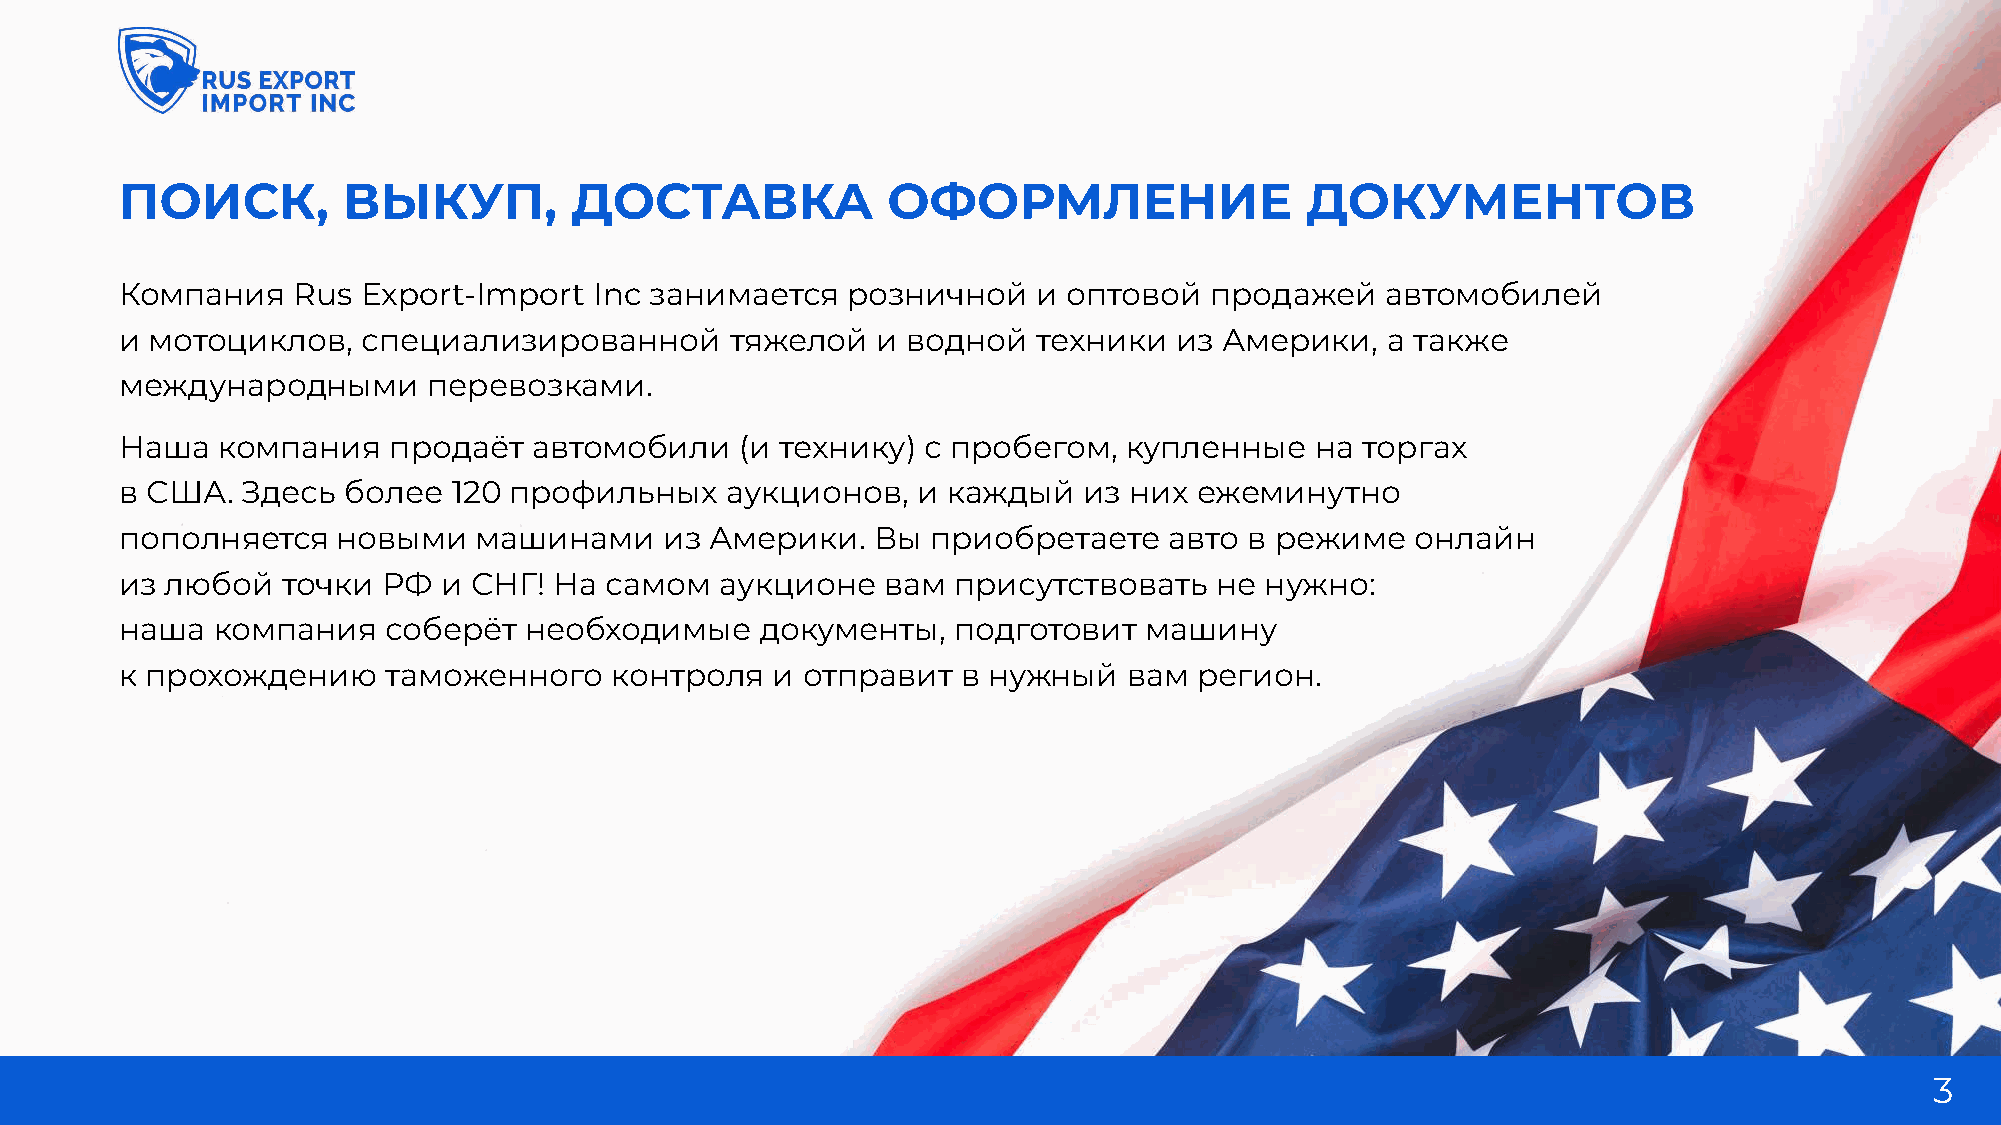
поиск,         выкуп,         доставка             оформление                 документов
 Компания   Rus  Export-Import  Inc занимается   розничной    и оптовой  продажей    автомобилей
 и мотоциклов,   специализированной      тяжелой   и водной   техники  из Америки,   а также
 международными      перевозками.
 Наша  компания    продаёт  автомобили    (и технику) с пробегом,   купленные   на торгах
 в США.  Здесь  более  120 профильных    аукционов,   и каждый   из них ежеминутно
 пополняется   новыми    машинами    из Америки.   Вы  приобретаете   авто  в режиме   онлайн
 из любой   точки РФ  и СНГ!  На самом   аукционе   вам присутствовать   не  нужно:
 наша  компания   соберёт   необходимые    документы,   подготовит   машину
 к прохождению     таможенного   контроля   и отправит   в нужный   вам регион.
 3